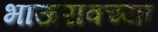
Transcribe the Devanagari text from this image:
भाऊरावच्या